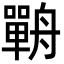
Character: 𦪣